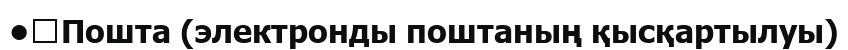
•	Пошта (электронды поштаның қысқартылуы)